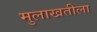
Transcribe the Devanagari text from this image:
मुलाखतीला